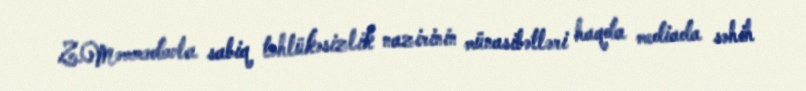
Z.Məmmədovla sabiq təhlükəsizlik nazirinin münasibətləri haqda mediada səhih